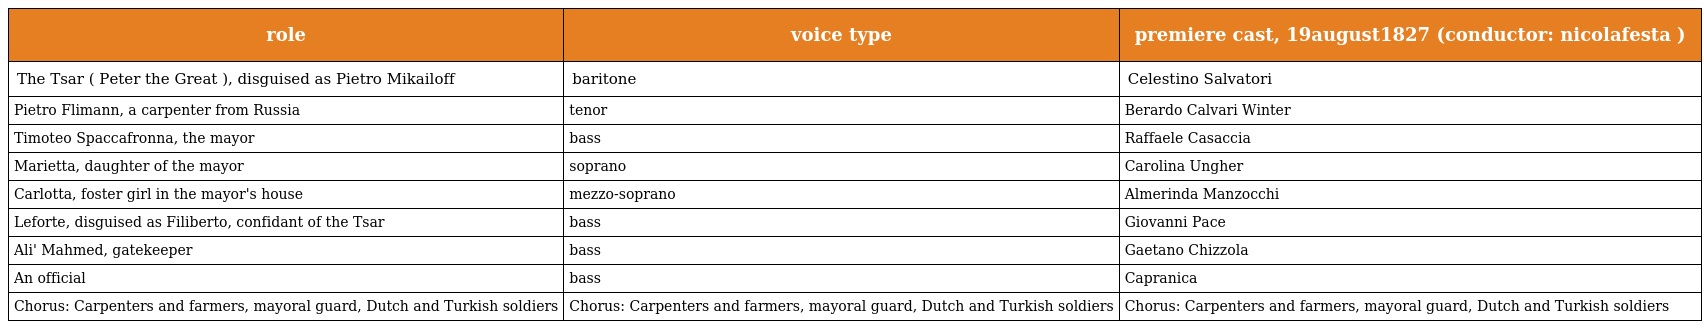
| role | voice type | premiere cast, 19august1827 (conductor: nicolafesta ) |
 | --- | --- | --- |
 | The Tsar ( Peter the Great ), disguised as Pietro Mikailoff | baritone | Celestino Salvatori |
 | Pietro Flimann, a carpenter from Russia | tenor | Berardo Calvari Winter |
 | Timoteo Spaccafronna, the mayor | bass | Raffaele Casaccia |
 | Marietta, daughter of the mayor | soprano | Carolina Ungher |
 | Carlotta, foster girl in the mayor's house | mezzo-soprano | Almerinda Manzocchi |
 | Leforte, disguised as Filiberto, confidant of the Tsar | bass | Giovanni Pace |
 | Ali' Mahmed, gatekeeper | bass | Gaetano Chizzola |
 | An official | bass | Capranica |
 | Chorus: Carpenters and farmers, mayoral guard, Dutch and Turkish soldiers | Chorus: Carpenters and farmers, mayoral guard, Dutch and Turkish soldiers | Chorus: Carpenters and farmers, mayoral guard, Dutch and Turkish soldiers |